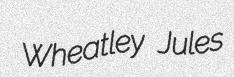
Wheatley Jules